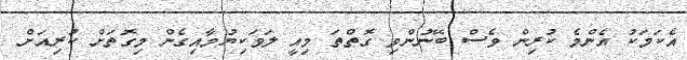
އެކަމަކު އެންމެ ކުރިން ވެސް ބޭނުންވި ގޮތްތަ މިއީ ލަވަކިޔުމާއިގެން މިގޮތަށް ކުރިއަށް